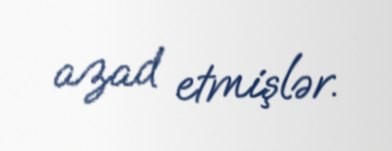
azad etmişlər.